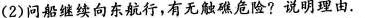
(2)问船继续向东航行，有无触礁危险?说明理由。